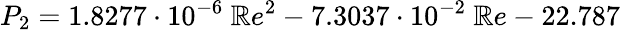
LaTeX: P_{2}=1.8277\cdot10^{-6}\ \mathbb{R}e^{2}-7.3037\cdot10^{-2}\ \mathbb{R}e-22.787